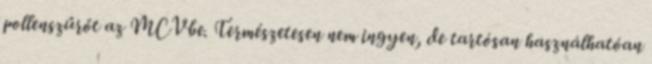
pollenszűrőt az MCVbe. Természetesen nem ingyen, de tartósan használhatóan